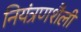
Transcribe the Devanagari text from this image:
नियंत्रणशैली